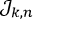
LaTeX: { \mathcal { J } } _ { k , n }